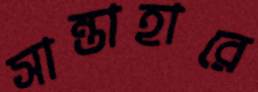
সান্তাহারে